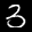
Label: 3